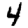
Digit: 4